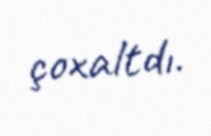
çoxaltdı.